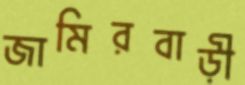
জামিরবাড়ী